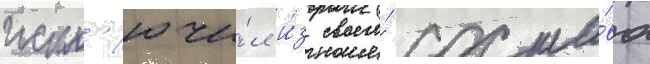
искл'ючи́л и́з своего́ соста́ва